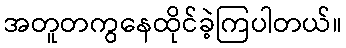
အတူတကွနေထိုင်ခဲ့ကြပါတယ်။